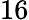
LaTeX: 16